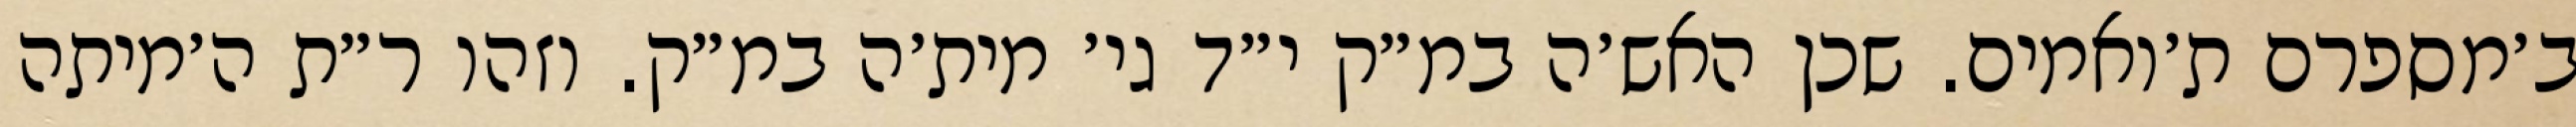
ב׳מספרם ת׳ואמים. שכן האש׳ה במ״ק י״ד גי׳ מית׳ה במ״ק. וזהו ר״ת ה׳מיתה